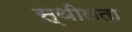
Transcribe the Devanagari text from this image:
स्थीलता